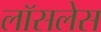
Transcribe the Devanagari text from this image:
लॉसलेस